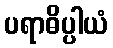
ပရာဓိပ္ပါယံ